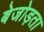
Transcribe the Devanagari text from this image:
बेजोड़ता